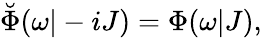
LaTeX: \breve{\Phi}(\omega|-iJ)=\Phi(\omega|J),